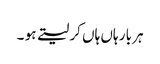
ہر بار ہاں ہاں کر لیتے ہو ۔